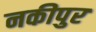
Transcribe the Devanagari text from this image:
नकीपुर